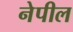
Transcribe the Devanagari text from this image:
नेपील